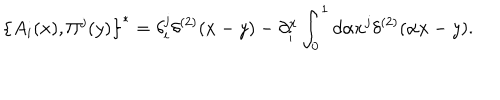
\left\{ { A _ { i } ( x ) , \Pi ^ { j } ( y ) } \right\} ^ { * } = \delta _ { i } ^ { j } \delta ^ { ( 2 ) } ( x - y ) - \partial _ { i } ^ { x } \int _ { 0 } ^ { 1 } { d \alpha x ^ { j } \delta ^ { ( 2 ) } } ( \alpha x - y ) .